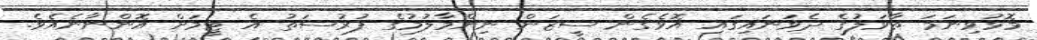
މޮޅުވިނަމަ ތާވަލުގެ ދެވަނައިގައި އޮވެގެން ސީޒަން ނިންމާލުމުގެ ފުރުސަތު އެ ޓީމަށް އޮންނާނެއެވެ.